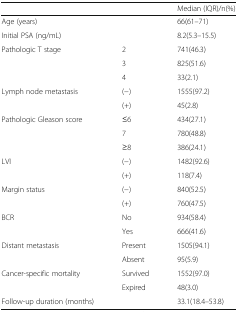
<table><thead><tr><td></td><td></td><td><b>Median (IQR)/n(%)</b></td></tr></thead><tbody><tr><td>Age (years)</td><td></td><td>66(61–71)</td></tr><tr><td>Initial PSA (ng/mL)</td><td></td><td>8.2(5.3–15.5)</td></tr><tr><td>Pathologic T stage</td><td>2</td><td>741(46.3)</td></tr><tr><td></td><td>3</td><td>825(51.6)</td></tr><tr><td></td><td>4</td><td>33(2.1)</td></tr><tr><td>Lymph node metastasis</td><td>(−)</td><td>1555(97.2)</td></tr><tr><td></td><td>(+)</td><td>45(2.8)</td></tr><tr><td>Pathologic Gleason score</td><td>≤6</td><td>434(27.1)</td></tr><tr><td></td><td>7</td><td>780(48.8)</td></tr><tr><td></td><td>≥8</td><td>386(24.1)</td></tr><tr><td>LVI</td><td>(−)</td><td>1482(92.6)</td></tr><tr><td></td><td>(+)</td><td>118(7.4)</td></tr><tr><td>Margin status</td><td>(−)</td><td>840(52.5)</td></tr><tr><td></td><td>(+)</td><td>760(47.5)</td></tr><tr><td>BCR</td><td>No</td><td>934(58.4)</td></tr><tr><td></td><td>Yes</td><td>666(41.6)</td></tr><tr><td>Distant metastasis</td><td>Present</td><td>1505(94.1)</td></tr><tr><td></td><td>Absent</td><td>95(5.9)</td></tr><tr><td>Cancer-specific mortality</td><td>Survived</td><td>1552(97.0)</td></tr><tr><td></td><td>Expired</td><td>48(3.0)</td></tr><tr><td>Follow-up duration (months)</td><td></td><td>33.1(18.4–53.8)</td></tr></tbody></table>